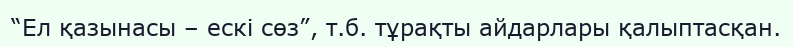
“Ел қазынасы – ескі сөз”, т.б. тұрақты айдарлары қалыптасқан.